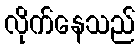
လိုက်နေသည်